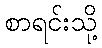
စာရင်းသို့